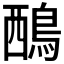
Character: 𪀹